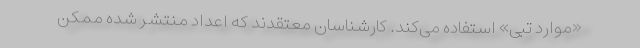
«موارد تبی» استفاده می‌کند. کارشناسان معتقدند که اعداد منتشر شده ممکن